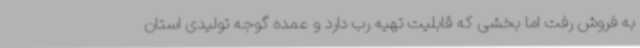
به فروش رفت اما بخشی که قابلیت تهیه رب دارد و عمده گوجه تولیدی استان